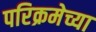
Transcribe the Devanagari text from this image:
परिक्रमेच्या